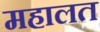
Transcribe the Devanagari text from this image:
महालत